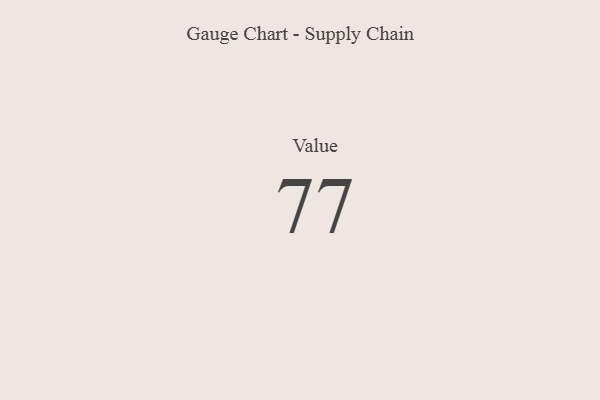
{"axis": {"x": "Metric", "y": "Value"}, "legend": [""], "data": [{"x": "Value", "y": 77, "type": ""}]}